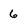
Character: 6